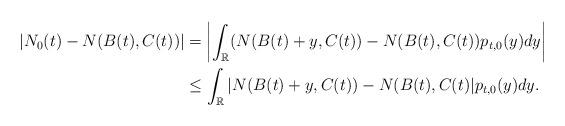
LaTeX: \begin{align*}|N_0(t)-N(B(t),C(t))|&=\left|\int_{\mathbb{R}}(N(B(t)+y,C(t))-N(B(t),C(t))p_{t,0}(y)dy\right|\\&\leq\int_{\mathbb{R}}|N(B(t)+y,C(t))-N(B(t),C(t)|p_{t,0}(y)dy.\end{align*}